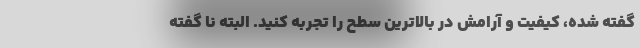
گفته شده، کیفیت و آرامش در بالاترین سطح را تجربه کنید. البته نا گفته